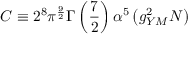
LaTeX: C \equiv 2 ^ { 8 } \pi ^ { \frac { 9 } { 2 } } \Gamma \left( { \frac { 7 } { 2 } } \right) \alpha ^ { 5 } \left( g _ { Y M } ^ { 2 } N \right)